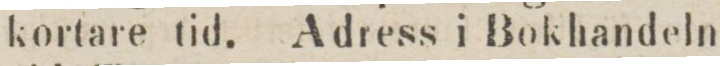
kortare tid. Adress i Bokhandeln